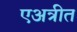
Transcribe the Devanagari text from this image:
एअत्रीत